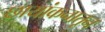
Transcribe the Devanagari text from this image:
छायांकनातून